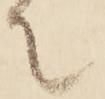
て